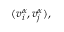
( v _ { i } ^ { \alpha } , v _ { j } ^ { \alpha } ) ,